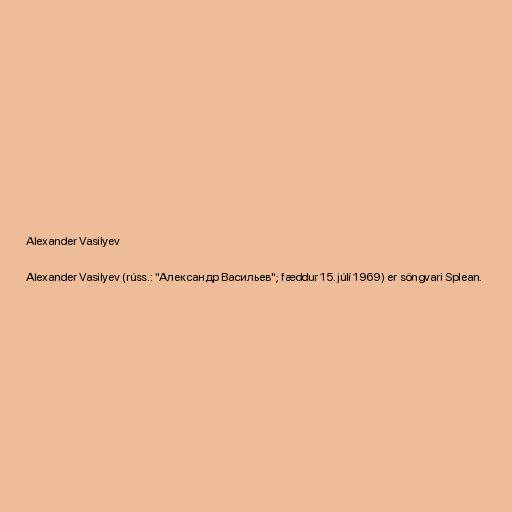
Alexander Vasilyev

Alexander Vasilyev (rúss.: "Александр Васильев"; fæddur 15. júlí 1969) er söngvari Splean.